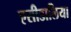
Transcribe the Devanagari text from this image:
एसीडालिया